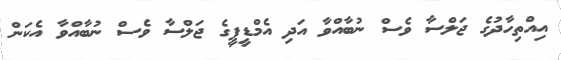
އިއްތިހާދުގެ ޖަލްސާ ވެސް ނުބާއްވާ އަދި އެމްޑީޕީގެ ޖަލްސާ ވެސް ނުބާއްވާ އެކަން